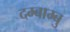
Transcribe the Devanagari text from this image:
दम्बाम्बु